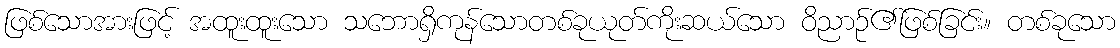
ဖြစ်သောအားဖြင့် အထူးထူးသော သဘောရှိကုန်သောတစ်ခုယုတ်ကိုးဆယ်သော ဝိညာဉ်၏ဖြစ်ခြင်း။ တစ်ခုသော